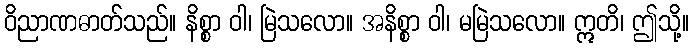
ဝိညာဏဓာတ်သည်။ နိစ္စာ ဝါ၊ မြဲသလော။ အနိစ္စာ ဝါ၊ မမြဲသလော။ ဣတိ၊ ဤသို့။